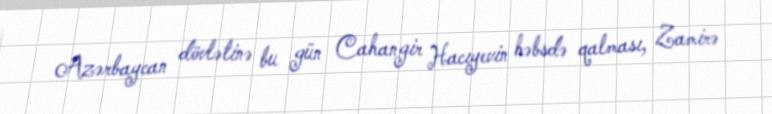
Azərbaycan dövlətinə bu gün Cahangir Hacıyevin həbsdə qalması, Zamirə